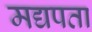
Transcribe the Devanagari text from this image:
मद्यपता